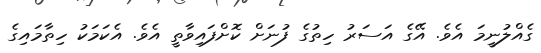
ގެއްލުނީމަ އެވެ. އޭގެ އަސަރު ހިތުގެ ފުނަށް ކޮށްފައިވާތީ އެވެ. އެކަމަކު ހިތާމައިގެ